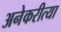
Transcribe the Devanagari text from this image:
अनेकरीत्या